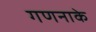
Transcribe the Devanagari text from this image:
गणनाके